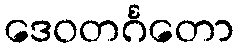
ဒေဝတင်္ဂတော